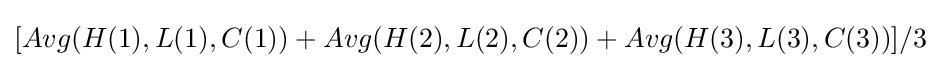
[Avg(H(1),L(1),C(1))+Avg(H(2),L(2),C(2))+Avg(H(3),L(3),C(3))]/3